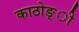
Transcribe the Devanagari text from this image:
काठोङ्ी